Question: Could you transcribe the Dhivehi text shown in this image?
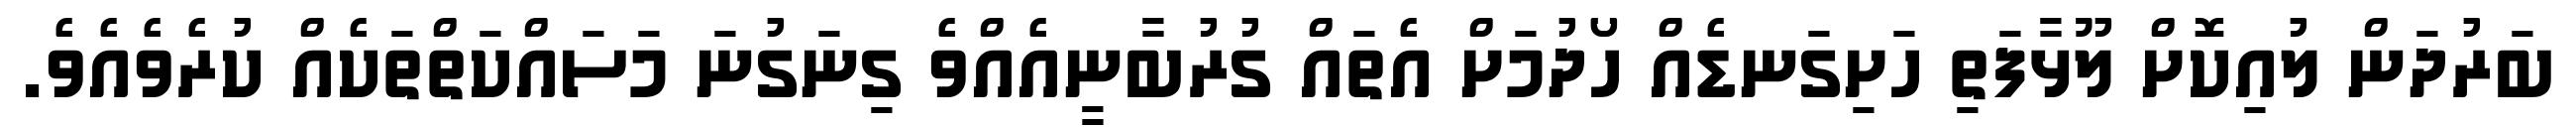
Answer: ބަރުދަން ލުއިކޮށް ލޫޅާފަތި ހަށިގަނޑެއް ހޯދުމަށް އެތައް ގުރުބާނީއެއްވެ ގިނަގުނަ މަސައްކަތްތަކެއް ކުރެވެއެވެ.